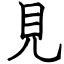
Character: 見